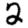
Digit: 2